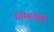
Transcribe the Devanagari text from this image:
गैम्बियेंसी